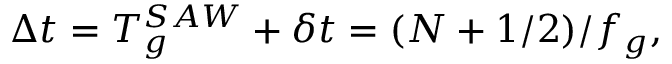
\Delta t = T _ { g } ^ { S A W } + \delta t = ( N + 1 / 2 ) / f _ { g } ,